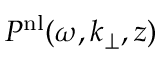
P ^ { \mathrm { n l } } ( \omega , k _ { \perp } , z )